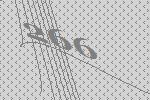
266